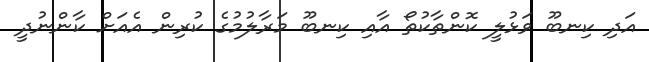
އަދި ކިނބޫ ވަޅުލީ ކޮންތާކުތޯ އާއި ކިނބޫ މަރާލުމުގެ ކުރިން އެއަށް ކާންނުދީ